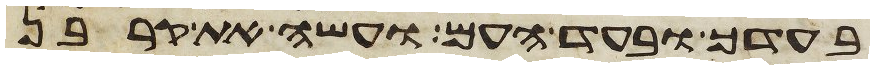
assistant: בעדך ובעד העם ועשה את קרבן